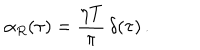
LaTeX: \alpha _ { R } ( \tau ) = \frac { \eta T } { \pi } \, \delta ( \tau ) \, .